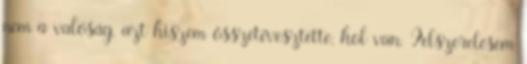
nem a valóság, azt hiszem összetévesztette, hol van. Felszerelésem